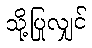
သို့ပြုလျှင်